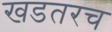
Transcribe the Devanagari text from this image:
खडतरच